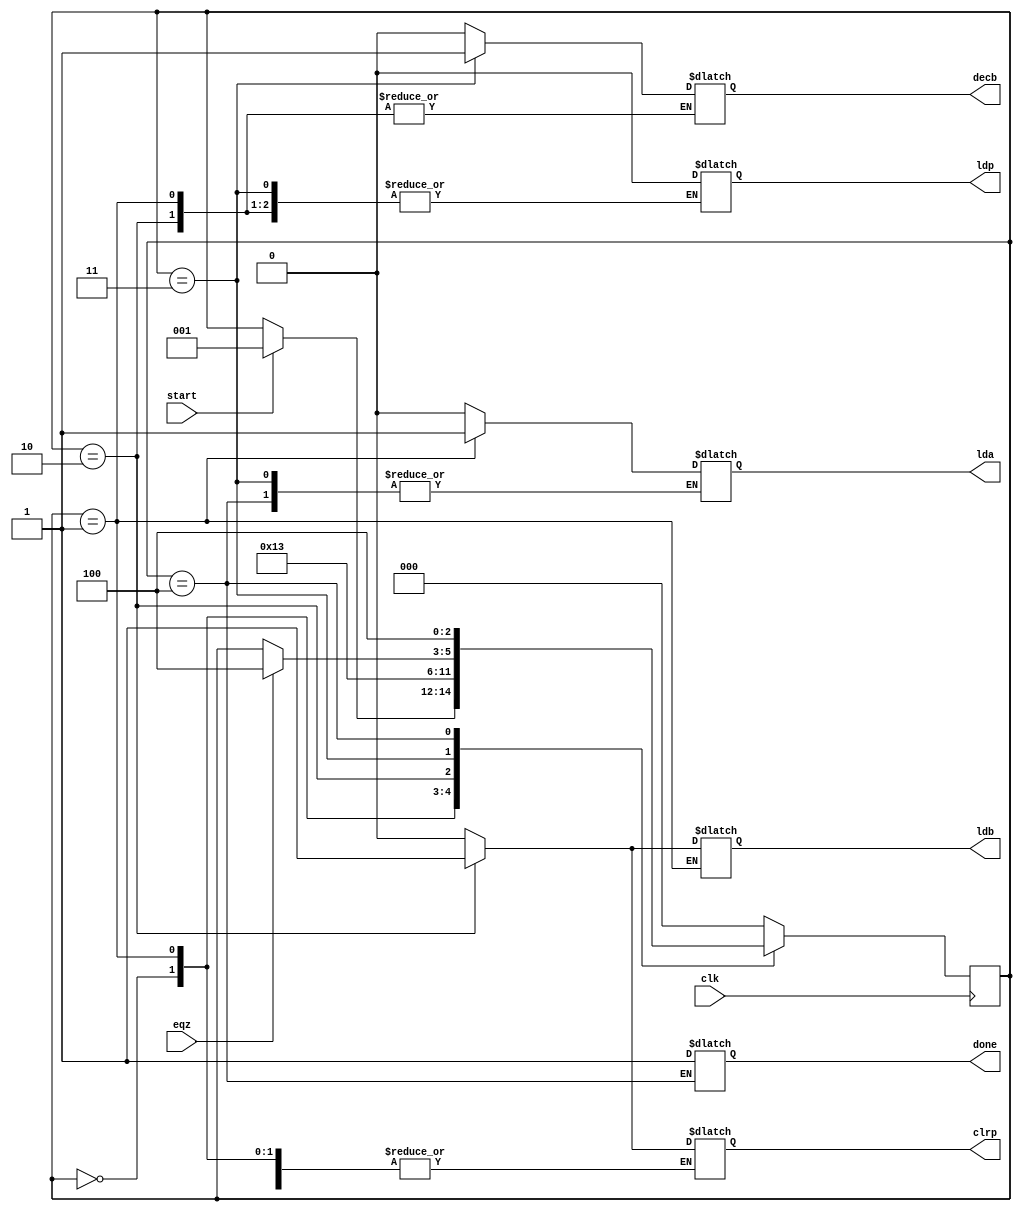
`timescale 1ns / 1ps
//////////////////////////////////////////////////////////////////////////////////
// Company: 
// Engineer: 
// 
// Design Name: 
// Module Name:    controller 
// Project Name: 
// Target Devices: 
// Tool versions: 
// Description: 
//
// Dependencies: 
//
// Revision: 
// Revision 0.01 - File Created
// Additional Comments: 
//
//////////////////////////////////////////////////////////////////////////////////
module controller(lda,ldb,ldp,clrp,decb,done,clk,eqz,start);
input clk,eqz,start;
output reg lda,ldb,ldp,clrp,decb,done;
reg [2:0] state;
parameter s0=3'b000,s1=3'b001,s2=3'b010,s3=3'b011,s4=3'b100;
always @ (posedge clk)
begin
case(state)
s0:if (start)state<=s1;
s1:state<=s2;
s2:state<=s3;
s3:#2 if (eqz)state<=s4;
s4:state<=s4;
default:state<=s0;
endcase
end
always @(state)
begin
case(state)
s0:begin #1 lda=0;ldb=0;ldp=0;decb=0;end
s1:begin #1 lda=1;end
s2:begin #1 lda=0;ldb=1;clrp=1;end
s3:begin #1 ldb=0;clrp=0;decb=1;end
s4:begin #1 done=1;ldb=0;ldp=0;decb=0;end
default: begin #1 lda=0;ldb=0;ldp=0;clrp=0;decb=0;end
endcase
end
endmodule